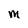
Character: M